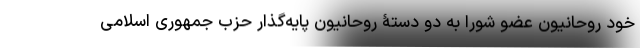
خود روحانیون عضو شورا به دو دستۀ روحانیون پایه‌گذار حزب جمهوری اسلامی